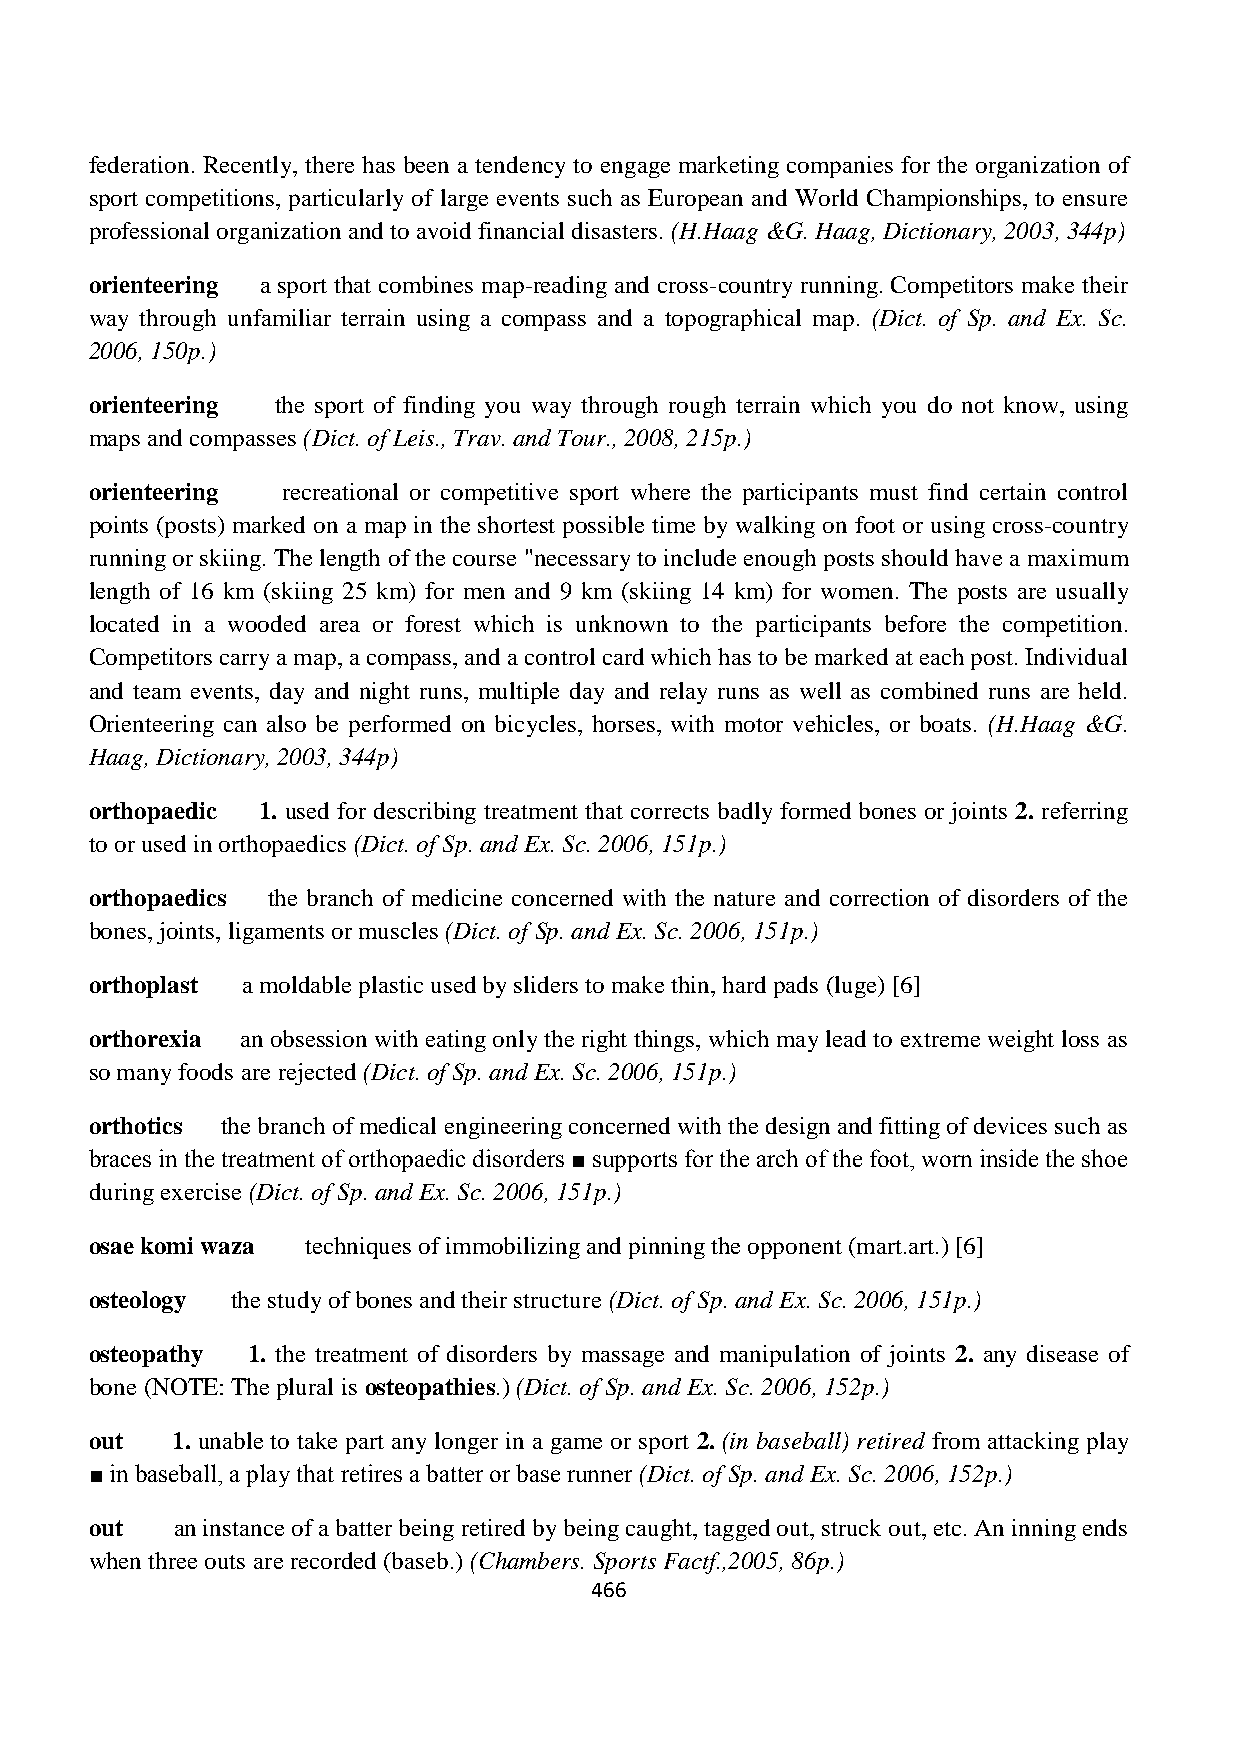
federation. Recently, there has been a tendency to engage marketing companies for the organization of
 sport competitions, particularly of large events such as European and World Championships, to ensure
 professional organization and to avoid financial disasters. (H.Haag &G. Haag, Dictionary, 2003, 344p)
 orienteering a sport that combines map-reading and cross-country running. Competitors make their
 way through unfamiliar terrain using a compass and a topographical map. (Dict. of Sp. and Ex. Sc.
 2006, 150p.)
 orienteering the sport of finding you way through rough terrain which you do not know, using
 maps and compasses (Dict. of Leis., Trav. and Tour., 2008, 215p.)
 orienteering recreational or competitive sport where the participants must find certain control
 points (posts) marked on a map in the shortest possible time by walking on foot or using cross-country
 running or skiing. The length of the course "necessary to include enough posts should have a maximum
 length of 16 km (skiing 25 km) for men and 9 km (skiing 14 km) for women. The posts are usually
 located in a wooded area or forest which is unknown to the participants before the competition.
 Competitors carry a map, a compass, and a control card which has to be marked at each post. Individual
 and team events, day and night runs, multiple day and relay runs as well as combined runs are held.
 Orienteering can also be performed on bicycles, horses, with motor vehicles, or boats. (H.Haag &G.
 Haag, Dictionary, 2003, 344p)
 orthopaedic 1. used for describing treatment that corrects badly formed bones or joints 2. referring
 to or used in orthopaedics (Dict. of Sp. and Ex. Sc. 2006, 151p.)
 orthopaedics the branch of medicine concerned with the nature and correction of disorders of the
 bones, joints, ligaments or muscles (Dict. of Sp. and Ex. Sc. 2006, 151p.)
 orthoplast a moldable plastic used by sliders to make thin, hard pads (luge) [6]
 orthorexia an obsession with eating only the right things, which may lead to extreme weight loss as
 so many foods are rejected (Dict. of Sp. and Ex. Sc. 2006, 151p.)
 orthotics the branch of medical engineering concerned with the design and fitting of devices such as
 braces in the treatment of orthopaedic disorders ■ supports for the arch of the foot, worn inside the shoe
 during exercise (Dict. of Sp. and Ex. Sc. 2006, 151p.)
 osae komi waza techniques of immobilizing and pinning the opponent (mart.art.) [6]
 osteology the study of bones and their structure (Dict. of Sp. and Ex. Sc. 2006, 151p.)
 osteopathy 1. the treatment of disorders by massage and manipulation of joints 2. any disease of
 bone (NOTE: The plural is osteopathies.) (Dict. of Sp. and Ex. Sc. 2006, 152p.)
 out  1. unable to take part any longer in a game or sport 2. (in baseball) retired from attacking play
 ■ in baseball, a play that retires a batter or base runner (Dict. of Sp. and Ex. Sc. 2006, 152p.)
 out  an instance of a batter being retired by being caught, tagged out, struck out, etc. An inning ends
 when three outs are recorded (baseb.) (Chambers. Sports Factf.,2005, 86p.)
 466